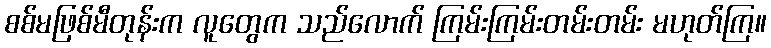
စစ်မဖြစ်မီတုန်းက လူတွေက သည်လောက် ကြမ်းကြမ်းတမ်းတမ်း မဟုတ်ကြ။